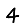
Digit: 4